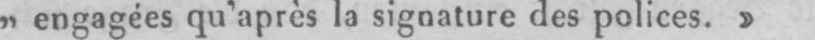
„engagées qu’après la signature des polices.»